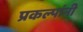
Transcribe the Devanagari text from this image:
प्रकल्पांनी